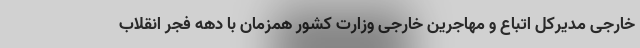
خارجی مدیرکل اتباع و مهاجرین خارجی وزارت کشور همزمان با دهه فجر انقلاب